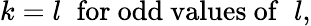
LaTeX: k=l\; \; \mathrm{for~odd~values~of}\; \; l,